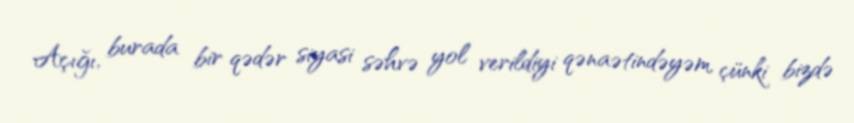
Açığı, burada bir qədər siyasi səhvə yol verildiyi qənaətindəyəm, çünki bizdə